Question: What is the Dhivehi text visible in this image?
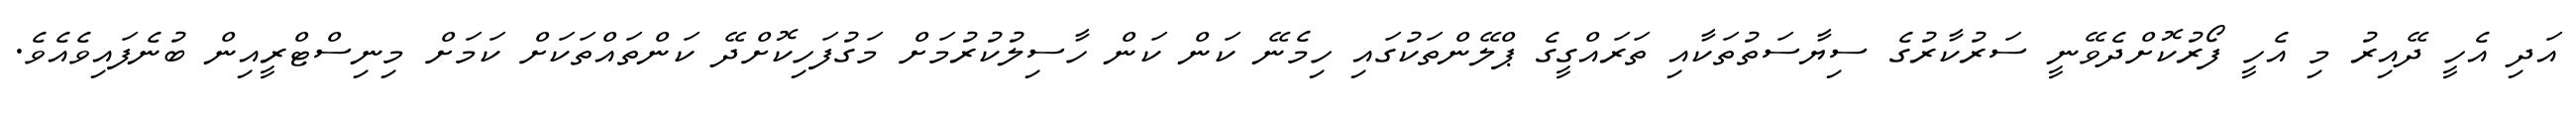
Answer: އަދި އެހީ ދޭއިރު މި އެހީ ފޯރުކޮށްދެވޭނީ ސަރުކާރުގެ ސިޔާސަތުތަކާއި ތަރައްގީގެ ޕްލޭންތަކުގައި ހިމެނޭ ކަން ކަން ހާސިލުކުރުމަށް މަގުފަހިކޮށްދޭ ކަންތައްތަކަށް ކަމަށް މިނިސްޓްރީއިން ބުނެފައިވެއެވެ.